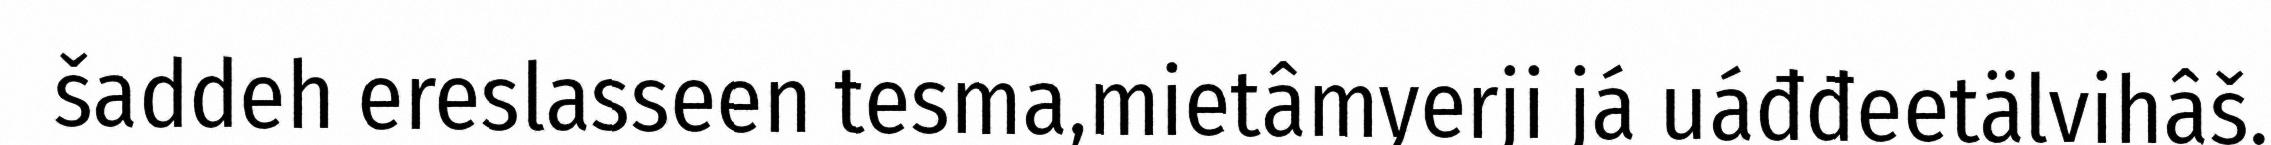
šaddeh ereslasseen tesma,mietâmyerji já uáđđeetälvihâš.